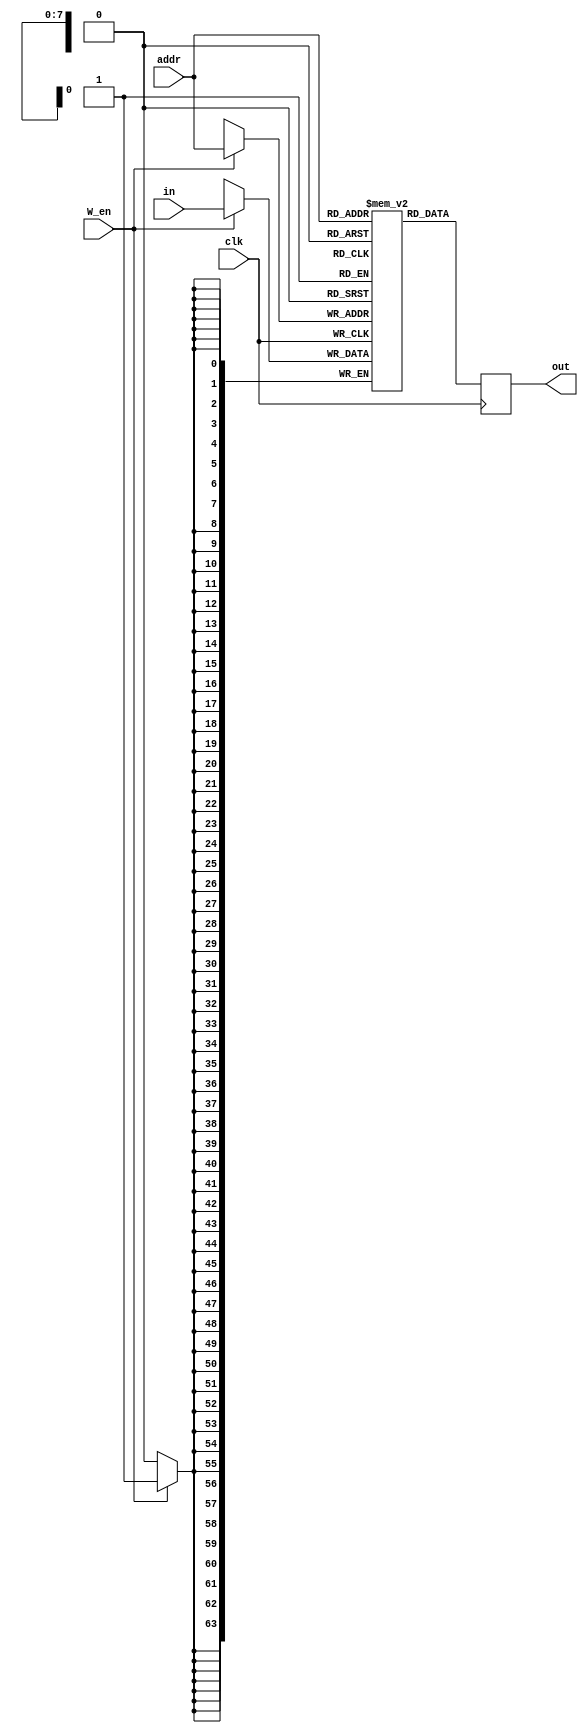
module ram_256x64(
	input [7:0] addr,
	input clk, W_en,
	input [63:0] in,
	output reg [63:0] out
	);
	
	reg [63:0] mem [0:255];
	
	always @(posedge clk) begin
		if(W_en) begin
			mem[addr] <= in;
		end
	end
	
	always @(posedge clk) begin
		out <= mem[addr];
	end
endmodule